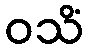
ဝသိံ